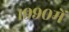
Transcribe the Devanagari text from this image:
१९९०में